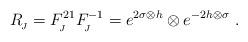
LaTeX: \begin{align*}R_{_{\!J}}=F^{21}_{_{\!J}}F^{-1}_{_{\!J}}=e^{2\sigma \otimes h}\otimes e^{-2h\otimes \sigma}~.\end{align*}